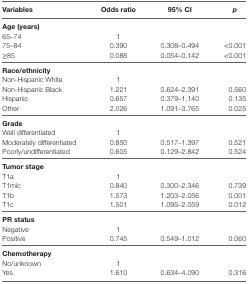
<table><thead><tr><td><b>Variables</b></td><td><b>Odds ratio</b></td><td><b>95% CI</b></td><td><b><i>p</i></b></td></tr></thead><tbody><tr><td colspan="4"><b>Age (years)</b></td></tr><tr><td>65–74</td><td>1</td><td></td><td></td></tr><tr><td>75–84</td><td>0.390</td><td>0.308–0.494</td><td>&lt;0.001</td></tr><tr><td>≥85</td><td>0.088</td><td>0.054–0.142</td><td>&lt;0.001</td></tr><tr><td colspan="4"><b>Race/ethnicity</b></td></tr><tr><td>Non-Hispanic White</td><td>1</td><td></td><td></td></tr><tr><td>Non-Hispanic Black</td><td>1.221</td><td>0.624–2.391</td><td>0.560</td></tr><tr><td>Hispanic</td><td>0.657</td><td>0.379–1.140</td><td>0.135</td></tr><tr><td>Other</td><td>2.026</td><td>1.091–3.765</td><td>0.025</td></tr><tr><td colspan="4"><b>Grade</b></td></tr><tr><td>Well differentiated</td><td>1</td><td></td><td></td></tr><tr><td>Moderately differentiated</td><td>0.850</td><td>0.517–1.397</td><td>0.521</td></tr><tr><td>Poorly/undifferentiated</td><td>0.605</td><td>0.129–2.842</td><td>0.524</td></tr><tr><td colspan="4"><b>Tumor stage</b></td></tr><tr><td>T1a</td><td>1</td><td></td><td></td></tr><tr><td>T1mic</td><td>0.840</td><td>0.300–2.346</td><td>0.739</td></tr><tr><td>T1b</td><td>1.573</td><td>1.203–2.056</td><td>0.001</td></tr><tr><td>T1c</td><td>1.501</td><td>1.095–2.059</td><td>0.012</td></tr><tr><td colspan="4"><b>PR status</b></td></tr><tr><td>Negative</td><td>1</td><td></td><td></td></tr><tr><td>Positive</td><td>0.745</td><td>0.549–1.012</td><td>0.060</td></tr><tr><td colspan="4"><b>Chemotherapy</b></td></tr><tr><td>No/unknown</td><td>1</td><td></td><td></td></tr><tr><td>Yes</td><td>1.610</td><td>0.634–4.090</td><td>0.316</td></tr></tbody></table>